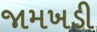
જામખડી